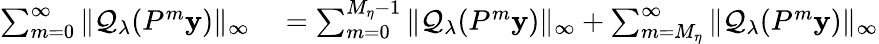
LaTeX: \begin{array}{rl}{\sum_{m=0}^{\infty}\| \mathcal{Q}_{\lambda}(P^{m}\mathbf{y})\| _{\infty}}&{{}=\sum_{m=0}^{M_{\eta}-1}\| \mathcal{Q}_{\lambda}(P^{m}\mathbf{y})\| _{\infty}+\sum_{m=M_{\eta}}^{\infty}\| \mathcal{Q}_{\lambda}(P^{m}\mathbf{y})\| _{\infty}}\end{array}